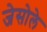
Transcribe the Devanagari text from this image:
जेसोले